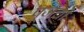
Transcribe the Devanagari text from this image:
पूजेचो